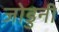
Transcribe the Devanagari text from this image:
जोडुनी